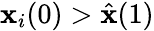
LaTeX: \mathbf{x}_{i}(0)>\hat{{\mathbf{x}}}(1)